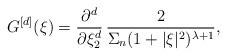
LaTeX: \begin{align*}G^{[d]}(\xi)=\frac{\partial^d}{\partial\xi_2^d}\,\frac{2}{\Sigma_n(1+|\xi|^2)^{\lambda+1}},\end{align*}